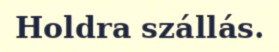
Holdra szállás.